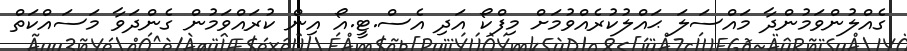
ގެއްލުންވަމުންދާ މައްސަލަ ޙައްލުކުރެއްވުމަށް މިފްކޯ އަދި އެސް.ޓީ.އޯ އިން ކުރައްވަމުން ގެންދަވާ މަސައްކަތް